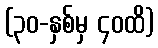
(၃၀-နှစ်မှ ၄၀ထိ)